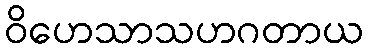
ဝိဟေသာသဟဂတာယ